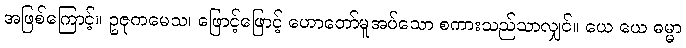
အဖြစ်ကြောင့်။ ဥဇုကမေသ၊ ဖြောင့်ဖြောင့် ဟောတော်မူအပ်သော စကားသည်သာလျှင်။ ယေ ယေ ဓမ္မာ